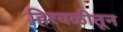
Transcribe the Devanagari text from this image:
हिरवळीतून